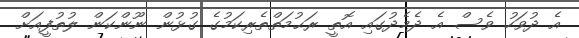
އެ ދުވަހު ވެސް އެ ދެމެދުގައި އޮތީ ރަޙުމަތްތެރިކަމުގެ ގުޅުން ނޫންކަން ލުތުފީއަށް